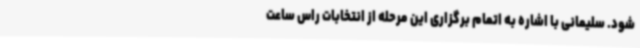
شود. سلیمانی با اشاره به اتمام برگزاری این مرحله از انتخابات راس ساعت